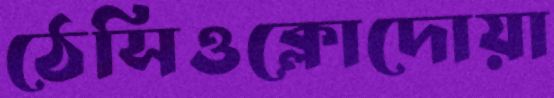
ঠেসিওক্লোদোয়া